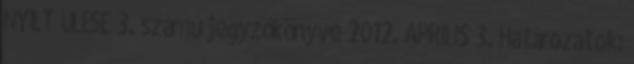
NYÍLT ÜLÉSE 3. számú jegyzőkönyve 2012. ÁPRILIS 3. Határozatok: